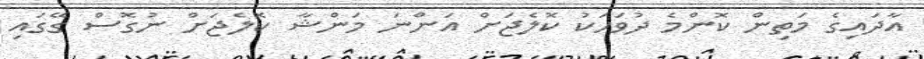
އާދައިގެ މަތިން ކޮންމެ ދުވަހަކު ކޮލެޖަށް އަންނަ މަންޝާ ކޮލެޖަށް ނުގޮސް ގޭގައި